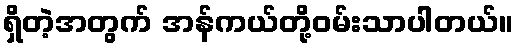
ရှိတဲ့အတွက် အန်ကယ်တို့ဝမ်းသာပါတယ်။